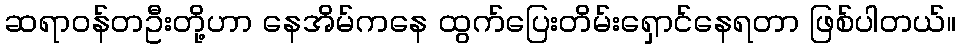
ဆရာဝန်တဦးတို့ဟာ နေအိမ်ကနေ ထွက်ပြေးတိမ်းရှောင်နေရတာ ဖြစ်ပါတယ်။